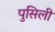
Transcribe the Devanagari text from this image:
पुसिली